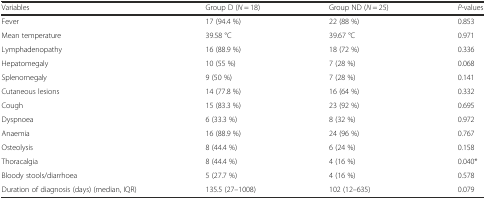
| Variables | Group D (N = 18) | Group ND (N = 25) | P-values |
 | --- | --- | --- | --- |
 | Fever | 17 (94.4 %) | 22 (88 %) | 0.853 |
 | Mean temperature | 39.58 °C | 39.67 °C | 0.971 |
 | Lymphadenopathy | 16 (88.9 %) | 18 (72 %) | 0.336 |
 | Hepatomegaly | 10 (55 %) | 7 (28 %) | 0.068 |
 | Splenomegaly | 9 (50 %) | 7 (28 %) | 0.141 |
 | Cutaneous lesions | 14 (77.8 %) | 16 (64 %) | 0.332 |
 | Cough | 15 (83.3 %) | 23 (92 %) | 0.695 |
 | Dyspnoea | 6 (33.3 %) | 8 (32 %) | 0.972 |
 | Anaemia | 16 (88.9 %) | 24 (96 %) | 0.767 |
 | Osteolysis | 8 (44.4 %) | 6 (24 %) | 0.158 |
 | Thoracalgia | 8 (44.4 %) | 4 (16 %) | 0.040* |
 | Bloody stools/diarrhoea | 5 (27.7 %) | 4 (16 %) | 0.578 |
 | Duration of diagnosis (days) (median, IQR) | 135.5 (27–1008) | 102 (12–635) | 0.079 |